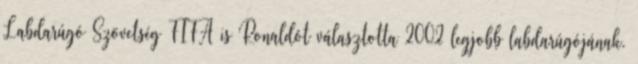
Labdarúgó Szövetség FIFA is Ronaldót választotta 2002 legjobb labdarúgójának.